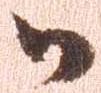
御